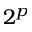
2 ^ { p }